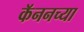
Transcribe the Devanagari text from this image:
कॅननच्या